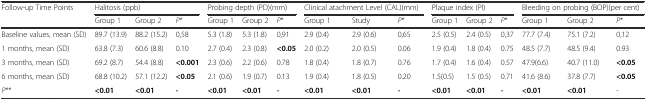
<table><thead><tr><td rowspan="2"><b>Follow-up Time Points</b></td><td colspan="3"><b>Halitosis (ppb)</b></td><td colspan="3"><b>Probing depth (PD)(mm)</b></td><td colspan="3"><b>Clinical atachment Level (CAL)(mm)</b></td><td colspan="3"><b>Plaque index (PI)</b></td><td colspan="3"><b>Bleeding on probing (BOP)(per cent)</b></td></tr><tr><td><b>Group 1</b></td><td><b>Group 2</b></td><td><b><i>P</i>*</b></td><td><b>Group 1</b></td><td><b>Group 2</b></td><td><b><i>P</i>*</b></td><td><b>Group 1</b></td><td><b>Study</b></td><td><b><i>P</i>*</b></td><td><b>Group 1</b></td><td><b>Group 2</b></td><td><b><i>P</i>*</b></td><td><b>Group 1</b></td><td><b>Group 2</b></td><td><b><i>P</i>*</b></td></tr></thead><tbody><tr><td>Baseline values, mean (SD)</td><td>89.7 (13.9)</td><td>88.2 (15.2)</td><td>0,58</td><td>5.3 (1.8)</td><td>5.3 (1.8)</td><td>0,91</td><td>2.9 (0.4)</td><td>2.9 (0.6)</td><td>0,65</td><td>2.5 (0.5)</td><td>2.4 (0.5)</td><td>0,37</td><td>77.7 (7.4)</td><td>75.1 (7.2)</td><td>0,12</td></tr><tr><td>1 months, mean (SD)</td><td>63.8 (7.3)</td><td>60.6 (8.8)</td><td>0.10</td><td>2.7 (0.4)</td><td>2.3 (0.8)</td><td><b>&lt;0.05</b></td><td>2.0 (0.2)</td><td>2.0 (0.5)</td><td>0.06</td><td>1.9 (0.4)</td><td>1.8 (0.4)</td><td>0.75</td><td>48.5 (7.7)</td><td>48.5 (9.4)</td><td>0.93</td></tr><tr><td>3 months, mean (SD)</td><td>69.2 (8.7)</td><td>54.4 (8.8)</td><td><b>&lt;0.001</b></td><td>2.3 (0.6)</td><td>2.2 (0.6)</td><td>0.78</td><td>1.8 (0.4)</td><td>1.8 (0.7)</td><td>0.76</td><td>1.7 (0.4)</td><td>1.6 (0.4)</td><td>0.57</td><td>47.9(6.6)</td><td>40.7 (11.0)</td><td><b>&lt;0.05</b></td></tr><tr><td>6 months, mean (SD)</td><td>68.8 (10.2)</td><td>57.1 (12.2)</td><td><b>&lt;0.05</b></td><td>2.1 (0.6)</td><td>1.9 (0.7)</td><td>0.13</td><td>1.9 (0.4)</td><td>1.8 (0.5)</td><td>0.20</td><td>1.5(0.5)</td><td>1.5 (0.5)</td><td>0.71</td><td>41.6 (8.6)</td><td>37.8 (7.7)</td><td><b>&lt;0.05</b></td></tr><tr><td><i>P</i>**</td><td><b>&lt;0.01</b></td><td><b>&lt;0.01</b></td><td><b>-</b></td><td><b>&lt;0.01</b></td><td><b>&lt;0.01</b></td><td><b>-</b></td><td><b>&lt;0.01</b></td><td><b>&lt;0.01</b></td><td><b>-</b></td><td><b>&lt;0.01</b></td><td><b>&lt;0.01</b></td><td><b>-</b></td><td><b>&lt;0.01</b></td><td><b>&lt;0.01</b></td><td>-</td></tr></tbody></table>